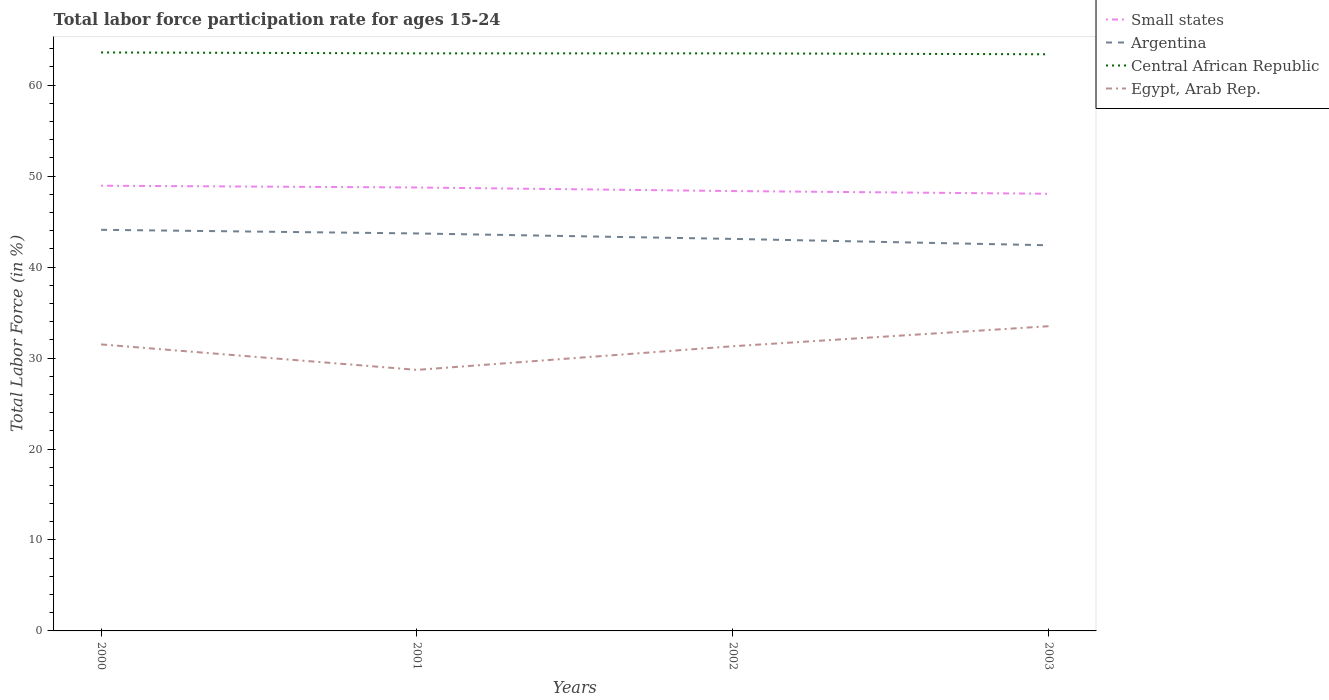
| Years | Small states | Argentina | Central African Republic | Egypt, Arab Rep. |
 | --- | --- | --- | --- | --- |
 | 2000 | 48.9 | 44.1 | 63.6 | 31.5 |
 | 2001 | 48.8 | 43.7 | 63.5 | 28.7 |
 | 2002 | 48.4 | 43.1 | 63.5 | 31.3 |
 | 2003 | 48.1 | 42.4 | 63.4 | 33.5 |